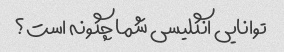
توانایی انگلیسی شما چگونه است؟